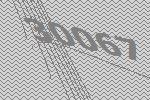
30067